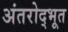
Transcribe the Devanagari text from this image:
अंतरोद्भूत